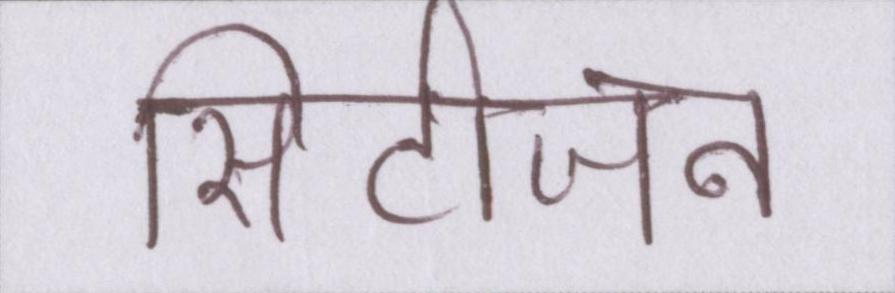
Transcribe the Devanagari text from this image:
सिटीजन